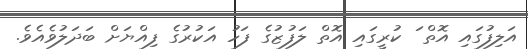
އަލިފުގައި އޮތް ަ ކުރީގައި އޮތް ލަފުޒުގެ ފަހު އަކުރުގެ ފިއްޔަށް ބަދަލުވެއެވެ.